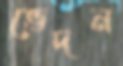
ভেদন